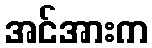
အင်အားက